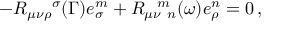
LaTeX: - R _ { \mu \nu \rho } ^ { ~ ~ ~ ~ \sigma } ( \Gamma ) e _ { \sigma } ^ { m } + R _ { \mu \nu ~ n } ^ { ~ ~ m } ( \omega ) e _ { \rho } ^ { n } = 0 \, ,